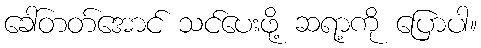
ခေါ်တတ်အောင် သင်ပေးဖို့ ဆရာ့ကို ပြောပါ။